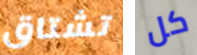
تشتاق كل